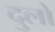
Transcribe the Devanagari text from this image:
दुलो